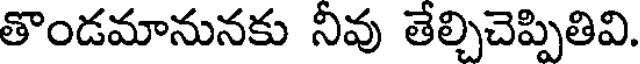
తొండమానునకు నీవు తేల్చిచెప్పితివి.